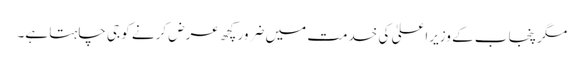
مگر پنجاب کے وزیراعلیٰ کی خدمت میں ضرور کچھ عرض کرنے کو جی چاہتا ہے۔